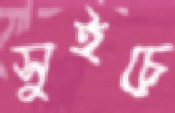
সুইচে